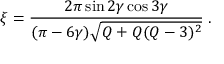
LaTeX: \xi = \frac { 2 \pi \sin 2 \gamma \cos 3 \gamma } { ( \pi - 6 \gamma ) \sqrt { Q + Q ( Q - 3 ) ^ { 2 } } } \; .